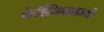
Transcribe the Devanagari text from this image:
फेस्टिवलमध्ये